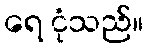
ရေ ငုံသည်။